Annual statistical returns and brief notes on vaccination in Bengal - 1909-1929
Year: 1909
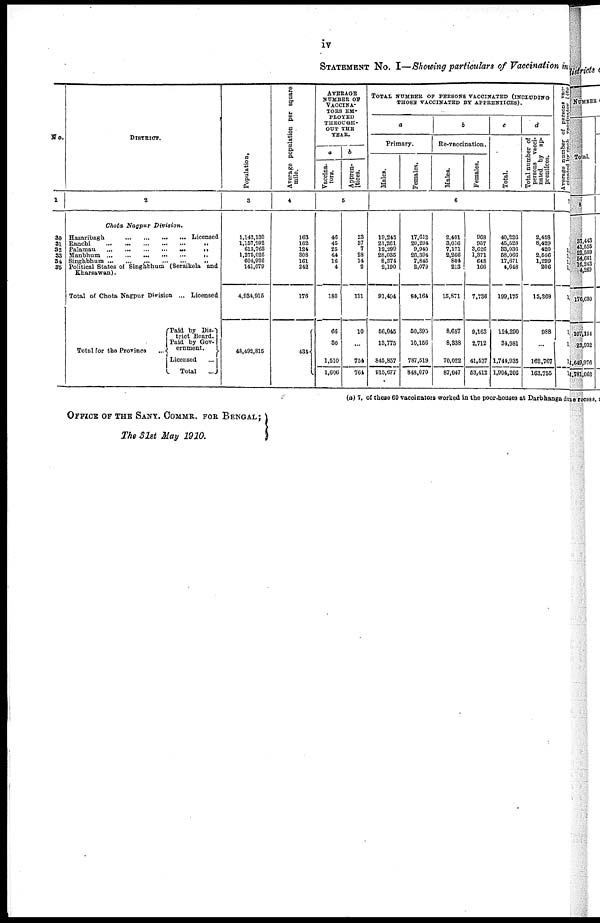
iv
STATEMENT No. I—Showing particulars of Vaccination in
No.
1
30
31
32
33
34
35
DISTRICT.
2
Chota Nagpur
Division.
Hazaribagh
...
...
...
...
Licensed
Ranchi
...
...
...
...
...
„
Palamau
...
...
...
...
...
„
Manbhum
...
...
...
...
...
„
Singhbhum
...
...
...
...
...„
Political States of Singhbhum (Seraikela and
Kharsawan).
Total of Chota Nagpur Division ... Licensed
Total for the Province
...
Paid by Dis-
trict Board.
Paid by Gov-
ernment.
Licensed
...
Total ...
Population.
3
1,142,130
1,157,992
613,763
1,275,025
604,026
141,079
4,934,915
48,492,815
Average population per square
mile.
4
163
162
124
308
161
242
176
434
AVERAGE
NUMBER OF
VACCINA-
TORS EH-
PLOYED
THROUGH-
OUT THE
YEAR.
a
Vaccina -
tors.
b
Appen-
tices.
5
46
45
25
44
16
4
180
66
30
1,510
1,606
23
37
7
28
14
2
111
10
...
754
764
TOTAL NUMBER OF PERSONS VACCINATED (INCLUDING
THOSE VACCINATED BY APPERNTICES).
a
Primary.
Males.
Females.
b
Re-vaccination.
Males.
Females.
c
Total.
d
Total number of
persons vacci-
nated by ap-
prentices.
6
10,245
21,261
12,299
28,035
8,374
2,190
91,404
56,045
13,775
845,857
915,677
17,612
20,294
9,940
26,304
7,845
2,079
84,164
50,395
10,156
787,519
848,070
2,401
3,016
7,171
2,266
804
213
15,871
8,687
8,338
70,022
87,047
968
967
3,626
1,371
648
166
7,736
9,163
2,712
41,537
53,412
40,226
45,528
33,036
58,066
17,671
4,648
199,175
124,290
34,981
1,744,935
1,904,206
2,458
8,429
420
2,556
1,299
206
15,368
988
...
162,767
163,765
Average number of persons vac-
cinated by enjoy
vaccinator
[ (66
7
1
8
1,2 1,
1,
1,
1
1
1,
1,
1,
(a) 7, of these 60 vaccinators worked in the poor-houses at Darbhanga du
OFFICE OF THE SANY. COMMR. FOR BENGAL;
The 31st May 1910.